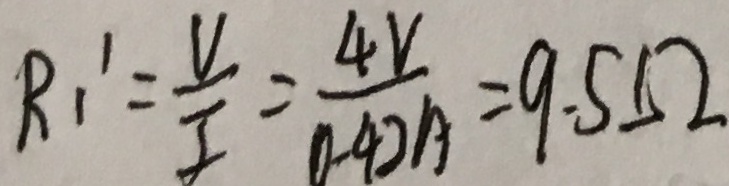
R _ { 1 } ^ { 1 } = \frac { V } { I } = \frac { 4 V } { 0 . 4 2 A } = 9 . 5 \Omega